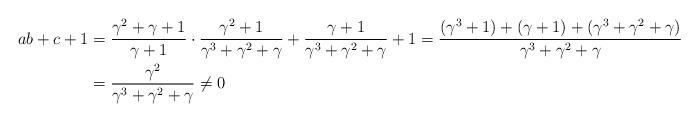
LaTeX: \begin{align*} ab+c+1&=\frac{\gamma^2+\gamma+1}{\gamma+1}\cdot \frac{\gamma^2+1}{\gamma^3+\gamma^2+\gamma}+\frac{\gamma+1}{\gamma^3+\gamma^2+\gamma}+1= \frac{(\gamma^3+1)+(\gamma+1)+(\gamma^3+\gamma^2+\gamma)}{\gamma^3+\gamma^2+\gamma}\\&=\frac{\gamma^2}{\gamma^3+\gamma^2+\gamma}\ne0\end{align*}